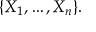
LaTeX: \{ X _ { 1 } , \dots , X _ { n } \} .